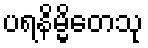
ပရနိမ္မိတေသု